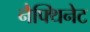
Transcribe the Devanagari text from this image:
नैफ्थिनेट